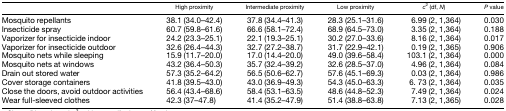
<table><thead><tr><td></td><td><b>High proximity</b></td><td><b>Intermediate proximity</b></td><td><b>Low proximity</b></td><td><b><i>c</i><sup>2</sup> (df, <i>N</i>)</b></td><td><b><i>P</i> value</b></td></tr></thead><tbody><tr><td>Mosquito repellants</td><td>38.1 (34.0–42.4)</td><td>37.8 (34.4–41.3)</td><td>28.3 (25.1–31.6)</td><td>6.99 (2, 1,364)</td><td>0.030</td></tr><tr><td>Insecticide spray</td><td>60.7 (59.8–61.6)</td><td>66.6 (58.1–72.4)</td><td>68.9 (64.5–73.0)</td><td>3.35 (2, 1,364)</td><td>0.188</td></tr><tr><td>Vaporizer for insecticide indoor</td><td>24.2 (23.3–25.1)</td><td>22.1 (19.3–25.1)</td><td>30.2 (27.0–33.6)</td><td>8.16 (2, 1,364)</td><td>0.017</td></tr><tr><td>Vaporizer for insecticide outdoor</td><td>32.6 (26.4–44.3)</td><td>32.7 (27.2–38.7)</td><td>31.7 (22.9–42.1)</td><td>0.19 (2, 1,365)</td><td>0.906</td></tr><tr><td>Mosquito nets while sleeping</td><td>15.9 (11.7–20.0)</td><td>17.0 (14.4–20.0)</td><td>49.0 (39.6–58.4)</td><td>103.1 (2, 1,364)</td><td>0.000</td></tr><tr><td>Mosquito nets at windows</td><td>43.2 (36.4–50.3)</td><td>35.7 (32.4–39.2)</td><td>32.6 (28.5–37.0)</td><td>4.96 (2, 1,364)</td><td>0.084</td></tr><tr><td>Drain out stored water</td><td>57.3 (35.2–64.2)</td><td>56.5 (50.6–62.7)</td><td>57.6 (45.1–69.3)</td><td>0.03 (2, 1,364)</td><td>0.986</td></tr><tr><td>Cover storage containers</td><td>41.8 (39.5–43.0)</td><td>43.0 (36.9–49.3)</td><td>54.3 (45.0–63.3)</td><td>6. 73 (2, 1,364)</td><td>0.035</td></tr><tr><td>Close the doors, avoid outdoor activities</td><td>56.4 (43.4–68.6)</td><td>58.4 (53.1–63.5)</td><td>48.6 (44.8–52.3)</td><td>7.49 (2, 1,364)</td><td>0.024</td></tr><tr><td>Wear full-sleeved clothes</td><td>42.3 (37–47.8)</td><td>41.4 (35.2–47.9)</td><td>51.4 (38.8–63.8)</td><td>7.13 (2, 1,365)</td><td>0.028</td></tr></tbody></table>